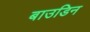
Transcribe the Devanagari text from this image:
बाउडिन